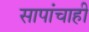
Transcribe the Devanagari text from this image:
सापांचाही